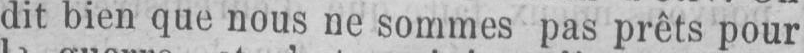
dit bien que nous ne sommes pas prêts pour